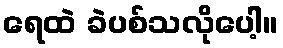
ရေထဲ ခဲပစ်သလိုပေါ့။